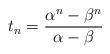
\begin{align*} t_n=\frac{\alpha^n-\beta^n}{\alpha-\beta}\end{align*}